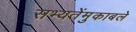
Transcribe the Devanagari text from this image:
सभ्यतेंमुकाबले